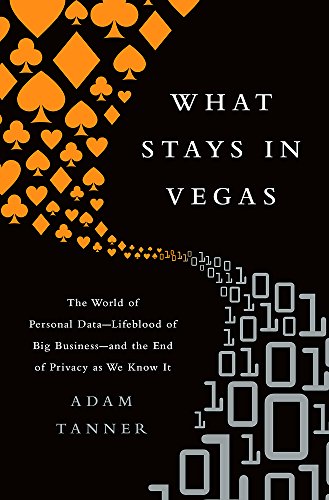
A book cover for What Stays in Vegas: The World of Personal DataEELifeblood of Big BusinessEEand the End of Privacy as We Know It; Adam Tanner; Business & Money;